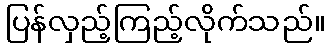
ပြန်လှည့်ကြည့်လိုက်သည်။